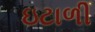
ઇટાળી